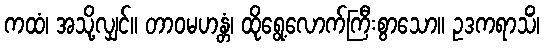
ကထံ၊ အသို့လျှင်။ တာဝမဟန္တံ၊ ထိုရွေ့လောက်ကြီးစွာသော။ ဥဒကရာသိံ၊